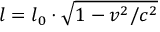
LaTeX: l = l _ { 0 } \cdot { \sqrt { 1 - v ^ { 2 } / c ^ { 2 } } }